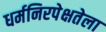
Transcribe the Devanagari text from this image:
धर्मनिरपेक्षतेला